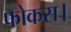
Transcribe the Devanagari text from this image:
फोकस।